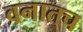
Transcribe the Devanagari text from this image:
वनातच